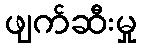
ဖျက်ဆီးမှု